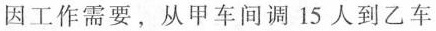
因工作需要，从甲车间调15人到乙车